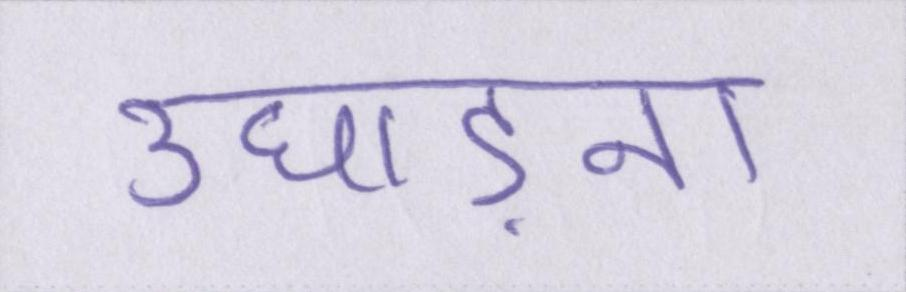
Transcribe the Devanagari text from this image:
उघाड़ना